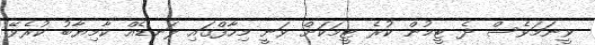
ވީނަމަވެސް ދެ ޓީމުން ކުރެ ޓީމަކަށް ވަނީ މިހާފްގައި ލަނޑެއް ކާމިޔާބު ކުރެވޭ